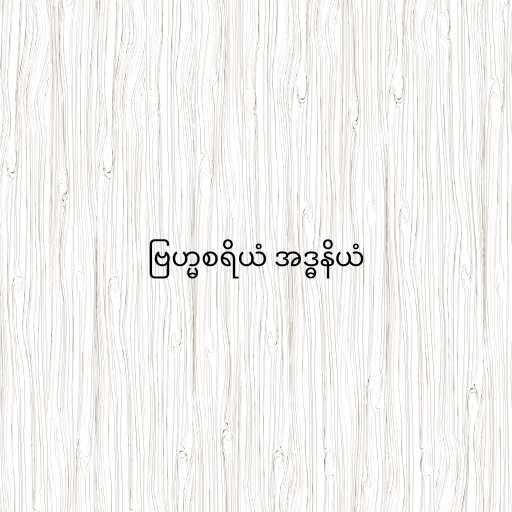
ဗြဟ္မစရိယံ အဒ္ဓနိယံ